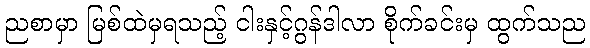
ညစာမှာ မြစ်ထဲမှရသည့် ငါးနှင့်ဂွန်ဒါလာ စိုက်ခင်းမှ ထွက်သည